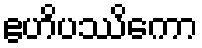
ဧဟိပဿိကော